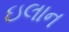
ઇલાન